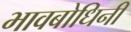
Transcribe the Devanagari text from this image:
भावबोधिनी